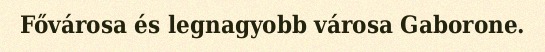
Fővárosa és legnagyobb városa Gaborone.